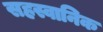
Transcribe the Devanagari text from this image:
सहस्वानिक